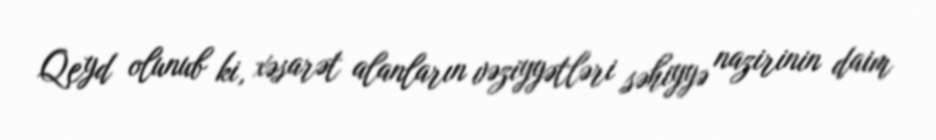
Qeyd olunub ki, xəsarət alanların vəziyyətləri səhiyyə nazirinin daim